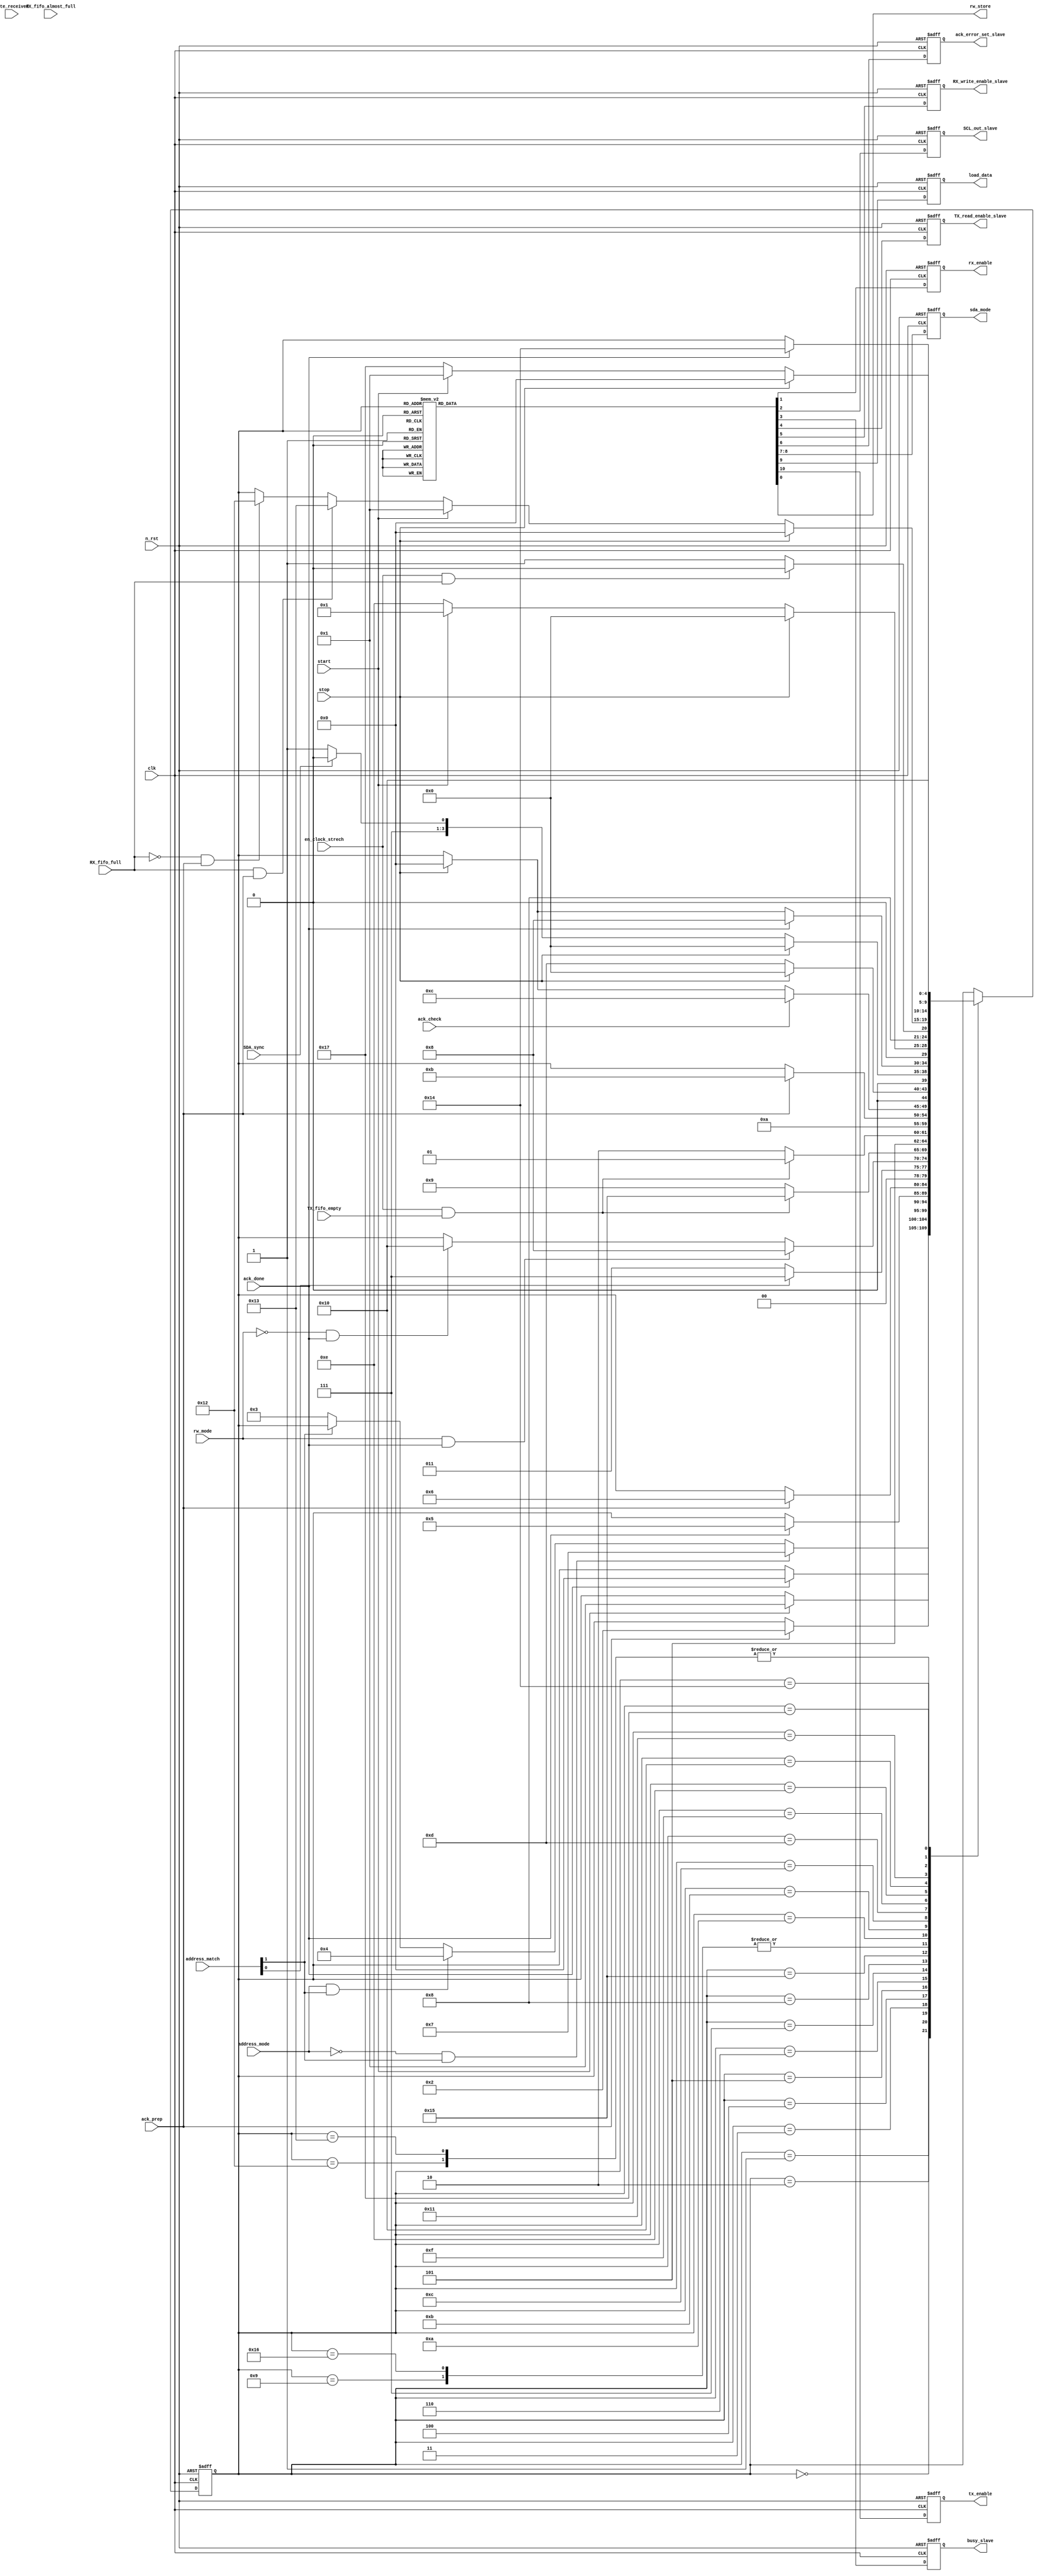
module slave_controller (
	clk,
	n_rst,
	start,
	stop,
	address_match,
	rw_mode,
	SDA_sync,
	address_mode,
	TX_fifo_empty,
	RX_fifo_full,
	en_clock_strech,
	RX_fifo_almost_full,
	byte_received,
	ack_prep,
	ack_check,
	ack_done,
	rx_enable,
	SCL_out_slave,
	busy_slave,
	TX_read_enable_slave,
	RX_write_enable_slave,
	ack_error_set_slave,
	sda_mode,
	load_data,
	tx_enable,
	rw_store
);
	input wire clk;
	input wire n_rst;
	input wire start;
	input wire stop;
	input wire [1:0] address_match;
	input wire rw_mode;
	input wire SDA_sync;
	input wire address_mode;
	input wire TX_fifo_empty;
	input wire RX_fifo_full;
	input wire en_clock_strech;
	input wire RX_fifo_almost_full;
	input wire byte_received;
	input wire ack_prep;
	input wire ack_check;
	input wire ack_done;
	output reg rx_enable;
	output reg SCL_out_slave;
	output reg busy_slave;
	output reg TX_read_enable_slave;
	output reg RX_write_enable_slave;
	output reg ack_error_set_slave;
	output reg [1:0] sda_mode;
	output reg load_data;
	output reg tx_enable;
	output reg rw_store;
	reg [4:0] state;
	reg [4:0] next_state;
	reg temp_rx_enable;
	reg temp_SCL_out_slave;
	reg temp_busy_slave;
	reg temp_TX_read_enable_slave;
	reg temp_RX_write_enable_slave;
	reg temp_ack_error_set_slave;
	reg [1:0] temp_sda_mode;
	reg temp_load_data;
	reg temp_tx_enable;
	localparam [4:0] IDLE = 0;
	always @(posedge clk or negedge n_rst)
		if (n_rst == 1'b0) begin
			state <= IDLE;
			rx_enable <= 1'b0;
			SCL_out_slave <= 1'b1;
			busy_slave <= 1'b0;
			TX_read_enable_slave <= 1'b0;
			RX_write_enable_slave <= 1'b0;
			ack_error_set_slave <= 1'b0;
			sda_mode <= 2'b00;
			load_data <= 1'b0;
			tx_enable <= 1'b0;
		end
		else begin
			state <= next_state;
			rx_enable <= temp_rx_enable;
			SCL_out_slave <= temp_SCL_out_slave;
			busy_slave <= temp_busy_slave;
			TX_read_enable_slave <= temp_TX_read_enable_slave;
			RX_write_enable_slave <= temp_RX_write_enable_slave;
			ack_error_set_slave <= temp_ack_error_set_slave;
			sda_mode <= temp_sda_mode;
			load_data <= temp_load_data;
			tx_enable <= temp_tx_enable;
		end
	localparam [4:0] ACK_CHECK = 12;
	localparam [4:0] ACK_SEND_1 = 4;
	localparam [4:0] ACK_SEND_2 = 7;
	localparam [4:0] CHECK_ADDR_1 = 2;
	localparam [4:0] CHECK_ADDR_2 = 6;
	localparam [4:0] DATA_START = 10;
	localparam [4:0] DATA_STOP = 11;
	localparam [4:0] FIFO_CHK_RX = 16;
	localparam [4:0] FIFO_CHK_TX = 8;
	localparam [4:0] GET_ADDR_1 = 1;
	localparam [4:0] GET_ADDR_2 = 5;
	localparam [4:0] LOAD = 9;
	localparam [4:0] NO_MATCH = 3;
	localparam [4:0] READ_ENABLE = 13;
	localparam [4:0] RE_ACK = 15;
	localparam [4:0] RE_NACK = 14;
	localparam [4:0] SEND_1 = 17;
	localparam [4:0] SEND_2 = 20;
	localparam [4:0] SEND_3 = 23;
	localparam [4:0] SEND_ACK = 18;
	localparam [4:0] SEND_NACK = 19;
	localparam [4:0] STRETCH_LOAD = 22;
	localparam [4:0] STRETCH_TX = 21;
	always @(*) begin
		next_state = state;
		case (state)
			IDLE:
				if (start == 1'b1)
					next_state = GET_ADDR_1;
			GET_ADDR_1:
				if (ack_prep == 1'b1)
					next_state = CHECK_ADDR_1;
			CHECK_ADDR_1:
				if ((address_mode == 1'b0) && (address_match[1] == 1'b1))
					next_state = ACK_SEND_2;
				else if ((address_mode == 1'b1) && (address_match[1] == 1'b1))
					next_state = ACK_SEND_1;
				else if (address_match[1] == 1'b0)
					next_state = NO_MATCH;
			NO_MATCH:
				if (ack_done == 1'b1)
					next_state = IDLE;
			ACK_SEND_1:
				if (ack_done == 1'b1)
					next_state = GET_ADDR_2;
			GET_ADDR_2:
				if (ack_prep == 1'b1)
					next_state = CHECK_ADDR_2;
			CHECK_ADDR_2:
				if (address_match[0] == 1'b1)
					next_state = ACK_SEND_2;
				else if (address_match[0] == 1'b0)
					next_state = NO_MATCH;
			ACK_SEND_2:
				if ((rw_mode == 1'b1) && (ack_done == 1'b1))
					next_state = FIFO_CHK_TX;
				else if ((rw_mode == 1'b0) && (ack_done == 1'b1))
					next_state = FIFO_CHK_RX;
			FIFO_CHK_TX:
				if ((en_clock_strech == 1'b1) && (TX_fifo_empty == 1'b1))
					next_state = STRETCH_TX;
				else
					next_state = LOAD;
			STRETCH_TX:
				if ((en_clock_strech == 1'b1) && (TX_fifo_empty == 1'b1))
					next_state = STRETCH_TX;
				else
					next_state = STRETCH_LOAD;
			LOAD: next_state = DATA_START;
			STRETCH_LOAD: next_state = DATA_START;
			DATA_START:
				if (ack_prep == 1'b1)
					next_state = DATA_STOP;
			DATA_STOP:
				if (ack_check == 1'b1)
					next_state = ACK_CHECK;
				else if (stop == 1'b1)
					next_state = IDLE;
			ACK_CHECK:
				if (stop == 1'b1)
					next_state = IDLE;
				else
					next_state = READ_ENABLE;
			READ_ENABLE:
				if (stop == 1'b1)
					next_state = IDLE;
				else if (SDA_sync == 1'b0)
					next_state = RE_ACK;
				else
					next_state = RE_NACK;
			RE_ACK:
				if (ack_done == 1'b1)
					next_state = FIFO_CHK_TX;
				else if (stop == 1'b1)
					next_state = IDLE;
			RE_NACK:
				if (stop == 1'b1)
					next_state = IDLE;
				else if (start == 1'b1)
					next_state = GET_ADDR_1;
				else
					next_state = RE_NACK;
			FIFO_CHK_RX:
				if ((en_clock_strech == 1'b1) && (RX_fifo_full == 1'b1))
					next_state = FIFO_CHK_RX;
				else
					next_state = SEND_1;
			SEND_1:
				if (stop == 1'b1)
					next_state = IDLE;
				else if (start == 1'b1)
					next_state = GET_ADDR_1;
				else if ((RX_fifo_full == 1'b1) && (ack_prep == 1'b1))
					next_state = SEND_NACK;
				else if ((RX_fifo_full == 1'b0) && (ack_prep == 1'b1))
					next_state = SEND_ACK;
			SEND_ACK:
				if (ack_done == 1'b1)
					next_state = SEND_2;
			SEND_NACK:
				if (ack_done == 1'b1)
					next_state = SEND_2;
			SEND_2:
				if (stop == 1'b1)
					next_state = IDLE;
				else if (start == 1'b1)
					next_state = GET_ADDR_1;
				else
					next_state = SEND_3;
			SEND_3: next_state = FIFO_CHK_RX;
		endcase
	end
	always @(state) begin
		temp_rx_enable = 1'b0;
		temp_SCL_out_slave = 1'b1;
		temp_busy_slave = 1'b0;
		temp_TX_read_enable_slave = 1'b0;
		temp_RX_write_enable_slave = 1'b0;
		temp_ack_error_set_slave = 1'b0;
		temp_sda_mode = 2'b00;
		temp_load_data = 1'b0;
		temp_tx_enable = 1'b0;
		rw_store = 1'b0;
		case (state)
			IDLE: begin
				temp_rx_enable = 1'b1;
				temp_SCL_out_slave = 1'b1;
				temp_busy_slave = 1'b0;
				temp_TX_read_enable_slave = 1'b0;
				temp_RX_write_enable_slave = 1'b0;
				temp_ack_error_set_slave = 1'b0;
				temp_sda_mode = 2'b00;
				temp_load_data = 1'b0;
				temp_tx_enable = 1'b0;
			end
			GET_ADDR_1: begin
				temp_rx_enable = 1'b1;
				temp_SCL_out_slave = 1'b1;
				temp_busy_slave = 1'b1;
				temp_TX_read_enable_slave = 1'b0;
				temp_RX_write_enable_slave = 1'b0;
				temp_ack_error_set_slave = 1'b0;
				temp_sda_mode = 2'b00;
				temp_load_data = 1'b0;
				temp_tx_enable = 1'b0;
				rw_store = 1'b1;
			end
			CHECK_ADDR_1: begin
				temp_rx_enable = 1'b0;
				temp_SCL_out_slave = 1'b1;
				temp_busy_slave = 1'b1;
				temp_TX_read_enable_slave = 1'b0;
				temp_RX_write_enable_slave = 1'b0;
				temp_ack_error_set_slave = 1'b0;
				temp_sda_mode = 2'b00;
				temp_load_data = 1'b0;
				temp_tx_enable = 1'b0;
			end
			NO_MATCH: begin
				temp_rx_enable = 1'b1;
				temp_SCL_out_slave = 1'b1;
				temp_busy_slave = 1'b1;
				temp_TX_read_enable_slave = 1'b0;
				temp_RX_write_enable_slave = 1'b0;
				temp_ack_error_set_slave = 1'b0;
				temp_sda_mode = 2'b10;
				temp_load_data = 1'b0;
				temp_tx_enable = 1'b0;
			end
			ACK_SEND_1: begin
				temp_rx_enable = 1'b0;
				temp_SCL_out_slave = 1'b1;
				temp_busy_slave = 1'b1;
				temp_TX_read_enable_slave = 1'b0;
				temp_RX_write_enable_slave = 1'b0;
				temp_ack_error_set_slave = 1'b0;
				temp_sda_mode = 2'b01;
				temp_load_data = 1'b0;
				temp_tx_enable = 1'b0;
			end
			GET_ADDR_2: begin
				temp_rx_enable = 1'b1;
				temp_SCL_out_slave = 1'b1;
				temp_busy_slave = 1'b1;
				temp_TX_read_enable_slave = 1'b0;
				temp_RX_write_enable_slave = 1'b0;
				temp_ack_error_set_slave = 1'b0;
				temp_sda_mode = 2'b00;
				temp_load_data = 1'b0;
				temp_tx_enable = 1'b0;
			end
			CHECK_ADDR_2: begin
				temp_rx_enable = 1'b0;
				temp_SCL_out_slave = 1'b1;
				temp_busy_slave = 1'b1;
				temp_TX_read_enable_slave = 1'b0;
				temp_RX_write_enable_slave = 1'b0;
				temp_ack_error_set_slave = 1'b0;
				temp_sda_mode = 2'b00;
				temp_load_data = 1'b0;
				temp_tx_enable = 1'b0;
			end
			ACK_SEND_2: begin
				temp_rx_enable = 1'b0;
				temp_SCL_out_slave = 1'b1;
				temp_busy_slave = 1'b1;
				temp_TX_read_enable_slave = 1'b0;
				temp_RX_write_enable_slave = 1'b0;
				temp_ack_error_set_slave = 1'b0;
				temp_sda_mode = 2'b01;
				temp_load_data = 1'b0;
				temp_tx_enable = 1'b0;
			end
			FIFO_CHK_TX, STRETCH_TX: begin
				temp_rx_enable = 1'b0;
				temp_SCL_out_slave = 1'b0;
				temp_busy_slave = 1'b1;
				temp_TX_read_enable_slave = 1'b0;
				temp_RX_write_enable_slave = 1'b0;
				temp_ack_error_set_slave = 1'b0;
				temp_sda_mode = 2'b00;
				temp_load_data = 1'b0;
				temp_tx_enable = 1'b0;
			end
			LOAD: begin
				temp_rx_enable = 1'b0;
				temp_SCL_out_slave = 1'b1;
				temp_busy_slave = 1'b1;
				temp_TX_read_enable_slave = 1'b0;
				temp_RX_write_enable_slave = 1'b0;
				temp_ack_error_set_slave = 1'b0;
				temp_sda_mode = 2'b00;
				temp_load_data = 1'b1;
				temp_tx_enable = 1'b0;
			end
			STRETCH_LOAD: begin
				temp_rx_enable = 1'b0;
				temp_SCL_out_slave = 1'b0;
				temp_busy_slave = 1'b1;
				temp_TX_read_enable_slave = 1'b0;
				temp_RX_write_enable_slave = 1'b0;
				temp_ack_error_set_slave = 1'b0;
				temp_sda_mode = 2'b00;
				temp_load_data = 1'b1;
				temp_tx_enable = 1'b0;
			end
			DATA_START: begin
				temp_rx_enable = 1'b0;
				temp_SCL_out_slave = 1'b1;
				temp_busy_slave = 1'b1;
				temp_TX_read_enable_slave = 1'b0;
				temp_RX_write_enable_slave = 1'b0;
				temp_ack_error_set_slave = 1'b0;
				temp_sda_mode = 2'b11;
				temp_load_data = 1'b0;
				temp_tx_enable = 1'b1;
			end
			DATA_STOP: begin
				temp_rx_enable = 1'b0;
				temp_SCL_out_slave = 1'b1;
				temp_busy_slave = 1'b1;
				temp_TX_read_enable_slave = 1'b0;
				temp_RX_write_enable_slave = 1'b0;
				temp_ack_error_set_slave = 1'b0;
				temp_sda_mode = 2'b00;
				temp_load_data = 1'b0;
				temp_tx_enable = 1'b0;
			end
			ACK_CHECK: begin
				temp_rx_enable = 1'b0;
				temp_SCL_out_slave = 1'b1;
				temp_busy_slave = 1'b1;
				temp_TX_read_enable_slave = 1'b0;
				temp_RX_write_enable_slave = 1'b0;
				temp_ack_error_set_slave = 1'b0;
				temp_sda_mode = 2'b00;
				temp_load_data = 1'b0;
				temp_tx_enable = 1'b0;
			end
			READ_ENABLE: begin
				temp_rx_enable = 1'b0;
				temp_SCL_out_slave = 1'b1;
				temp_busy_slave = 1'b1;
				temp_TX_read_enable_slave = 1'b1;
				temp_RX_write_enable_slave = 1'b0;
				temp_ack_error_set_slave = 1'b0;
				temp_sda_mode = 2'b00;
				temp_load_data = 1'b0;
				temp_tx_enable = 1'b0;
			end
			RE_NACK: begin
				temp_rx_enable = 1'b0;
				temp_SCL_out_slave = 1'b1;
				temp_busy_slave = 1'b1;
				temp_TX_read_enable_slave = 1'b0;
				temp_RX_write_enable_slave = 1'b0;
				temp_ack_error_set_slave = 1'b0;
				temp_sda_mode = 2'b00;
				temp_load_data = 1'b0;
				temp_tx_enable = 1'b0;
			end
			RE_ACK: begin
				temp_rx_enable = 1'b0;
				temp_SCL_out_slave = 1'b1;
				temp_busy_slave = 1'b1;
				temp_TX_read_enable_slave = 1'b0;
				temp_RX_write_enable_slave = 1'b0;
				temp_ack_error_set_slave = 1'b0;
				temp_sda_mode = 2'b00;
				temp_load_data = 1'b0;
				temp_tx_enable = 1'b0;
			end
			FIFO_CHK_RX: begin
				temp_rx_enable = 1'b0;
				temp_SCL_out_slave = 1'b0;
				temp_busy_slave = 1'b1;
				temp_TX_read_enable_slave = 1'b0;
				temp_RX_write_enable_slave = 1'b0;
				temp_ack_error_set_slave = 1'b0;
				temp_sda_mode = 2'b00;
				temp_load_data = 1'b0;
				temp_tx_enable = 1'b0;
			end
			SEND_1: begin
				temp_rx_enable = 1'b1;
				temp_SCL_out_slave = 1'b1;
				temp_busy_slave = 1'b1;
				temp_TX_read_enable_slave = 1'b0;
				temp_RX_write_enable_slave = 1'b0;
				temp_ack_error_set_slave = 1'b0;
				temp_sda_mode = 2'b00;
				temp_load_data = 1'b0;
				temp_tx_enable = 1'b0;
			end
			SEND_ACK: begin
				temp_rx_enable = 1'b0;
				temp_SCL_out_slave = 1'b1;
				temp_busy_slave = 1'b1;
				temp_TX_read_enable_slave = 1'b0;
				temp_RX_write_enable_slave = 1'b0;
				temp_ack_error_set_slave = 1'b0;
				temp_sda_mode = 2'b01;
				temp_load_data = 1'b0;
				temp_tx_enable = 1'b0;
			end
			SEND_NACK: begin
				temp_rx_enable = 1'b0;
				temp_SCL_out_slave = 1'b1;
				temp_busy_slave = 1'b1;
				temp_TX_read_enable_slave = 1'b0;
				temp_RX_write_enable_slave = 1'b0;
				temp_ack_error_set_slave = 1'b1;
				temp_sda_mode = 2'b10;
				temp_load_data = 1'b0;
				temp_tx_enable = 1'b0;
			end
			SEND_2: begin
				temp_rx_enable = 1'b0;
				temp_SCL_out_slave = 1'b1;
				temp_busy_slave = 1'b1;
				temp_TX_read_enable_slave = 1'b0;
				temp_RX_write_enable_slave = 1'b1;
				temp_ack_error_set_slave = 1'b0;
				temp_sda_mode = 2'b00;
				temp_load_data = 1'b0;
				temp_tx_enable = 1'b0;
			end
			SEND_3: begin
				temp_rx_enable = 1'b0;
				temp_SCL_out_slave = 1'b0;
				temp_busy_slave = 1'b1;
				temp_TX_read_enable_slave = 1'b0;
				temp_RX_write_enable_slave = 1'b0;
				temp_ack_error_set_slave = 1'b0;
				temp_sda_mode = 2'b00;
				temp_load_data = 1'b0;
				temp_tx_enable = 1'b0;
			end
			default: begin
				temp_rx_enable = 1'b0;
				temp_SCL_out_slave = 1'b1;
				temp_busy_slave = 1'b0;
				temp_TX_read_enable_slave = 1'b0;
				temp_RX_write_enable_slave = 1'b0;
				temp_ack_error_set_slave = 1'b0;
				temp_sda_mode = 2'b00;
				temp_load_data = 1'b0;
				temp_tx_enable = 1'b0;
			end
		endcase
	end
endmodule